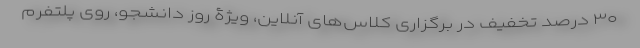
۳۰ درصد تخفیف در برگزاری کلاس‌های آنلاین، ویژۀ روز دانشجو، روی پلتفرم